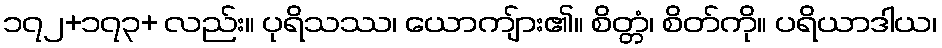
၁၇၂+၁၇၃+ လည်း။ ပုရိသဿ၊ ယောကျ်ား၏။ စိတ္တံ၊ စိတ်ကို။ ပရိယာဒါယ၊